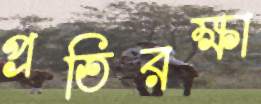
প্রতিরক্ষা